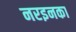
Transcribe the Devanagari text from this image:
नरइनका